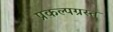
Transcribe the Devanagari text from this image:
प्रकल्पग्रस्त